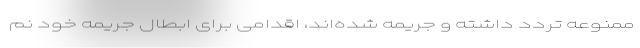
ممنوعه تردد داشته و جریمه شده‌اند، اقدامی برای ابطال جریمه خود نم